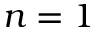
n = 1